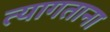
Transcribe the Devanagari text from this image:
त्यागताना